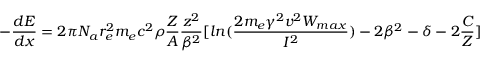
- \frac { d E } { d x } = 2 \pi N _ { a } r _ { e } ^ { 2 } m _ { e } c ^ { 2 } \rho \frac { Z } { A } \frac { z ^ { 2 } } { \beta ^ { 2 } } [ l n ( \frac { 2 m _ { e } \gamma ^ { 2 } v ^ { 2 } W _ { m a x } } { I ^ { 2 } } ) - 2 \beta ^ { 2 } - \delta - 2 \frac { C } { Z } ]